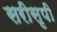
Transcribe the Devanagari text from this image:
सरीसृपी